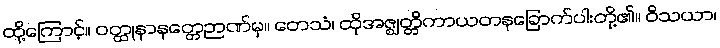
ထို့ကြောင့်။ ဝတ္ထုနာနတ္တေဉာဏ်မှ။ တေသံ၊ ထိုအဇ္ဈတ္တိကာယတနခြောက်ပါးတို့၏။ ဝိသယာ၊